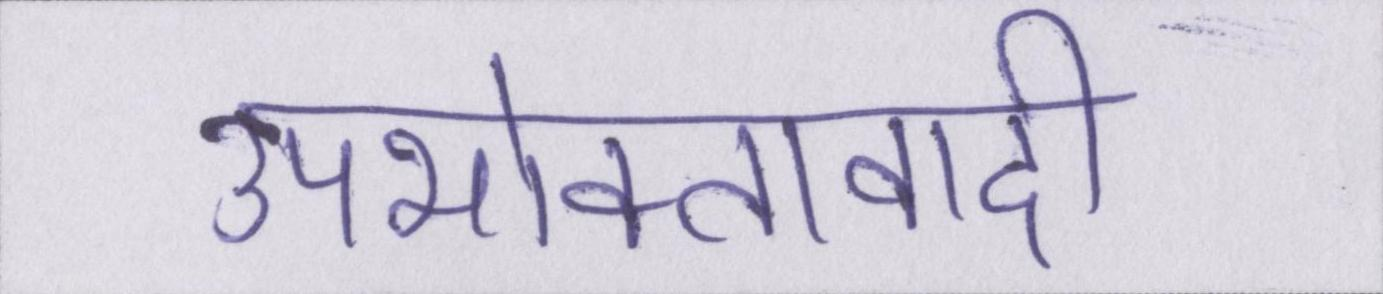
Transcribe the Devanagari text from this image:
उपभोक्तावादी